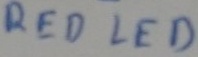
Text: RED LED